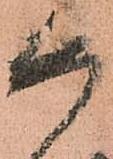
如